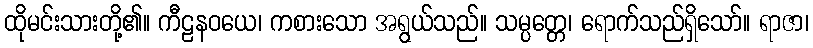
ထိုမင်းသားတို့၏။ ကီဠနဝယေ၊ ကစားသော အရွယ်သည်။ သမ္ပတ္တေ၊ ရောက်သည်ရှိသော်။ ရာဇာ၊